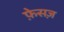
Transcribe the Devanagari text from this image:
फ़ेसज़